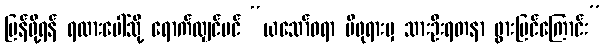
ပြန်ဖို့ရန် ရထားပေါ်သို့ ရောက်လျှင်ပင် “ယသော်ဓရာ မိဖုရားမှ သားဦးရတနာ ဖွားမြင်ကြောင်း”